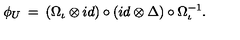
\phi _ { U } \: = \: ( \Omega _ { \iota } \otimes i d ) \circ ( i d \otimes \Delta ) \circ \Omega _ { \iota } ^ { - 1 } .